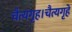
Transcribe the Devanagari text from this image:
चैत्यगृह।चैत्यगृहे